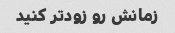
زمانش رو زودتر کنید